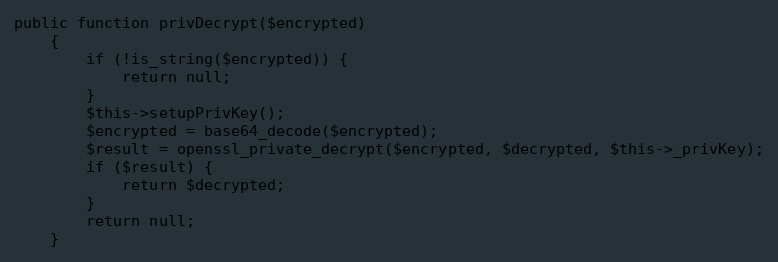
Language: PHP
public function privDecrypt($encrypted)
    {
        if (!is_string($encrypted)) {
            return null;
        }
        $this->setupPrivKey();
        $encrypted = base64_decode($encrypted);
        $result = openssl_private_decrypt($encrypted, $decrypted, $this->_privKey);
        if ($result) {
            return $decrypted;
        }
        return null;
    }